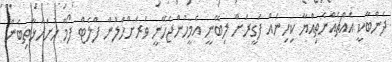
ދެންބާކީ އެއްޗެއްނެތިއްޔާ ކިހިނެއް ފަގީރަށް ލިބޭނީ އެމީހުންޖެހޭނީ ވަރަށްހާލުން ފްލެޓް ފޯމް ހުށަހަޅާތިބެން